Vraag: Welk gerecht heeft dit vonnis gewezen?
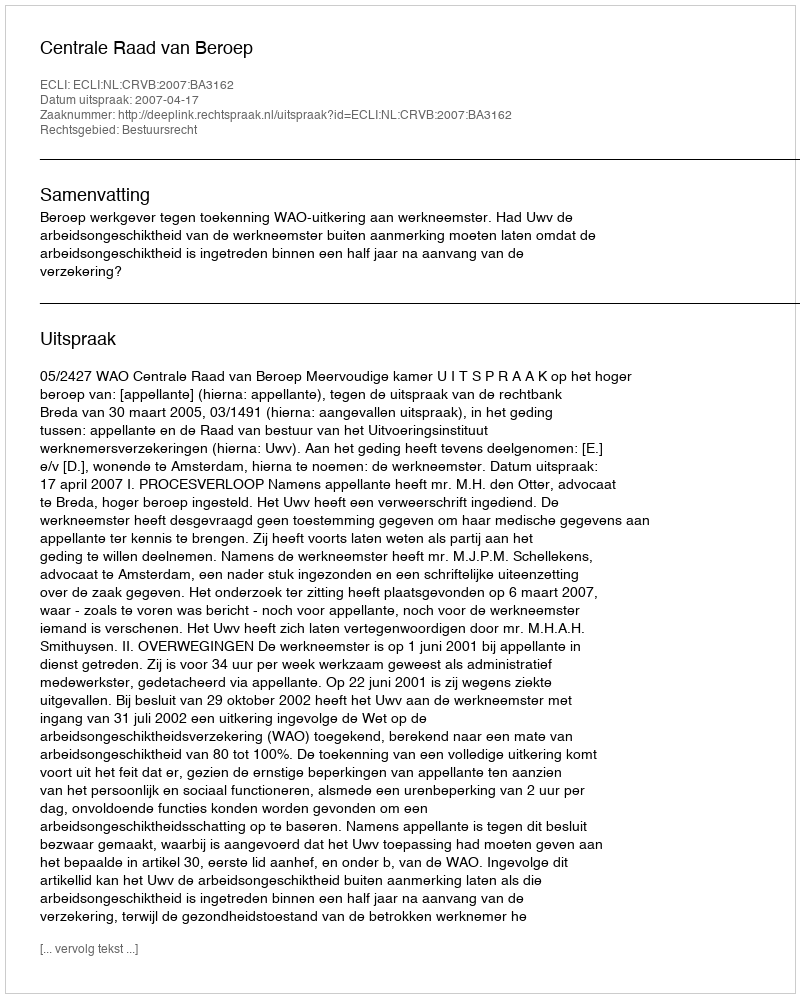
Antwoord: Centrale Raad van Beroep